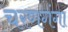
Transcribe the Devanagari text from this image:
चरणगंगा